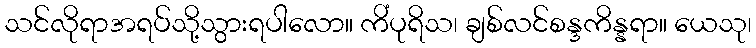
သင်လိုရာအရပ်သို့သွားရပါလော။ ကိံပုရိသ၊ ချစ်လင်စန္ဒကိန္နရာ။ ယေသု၊